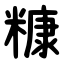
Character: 糠